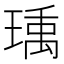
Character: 𬍿